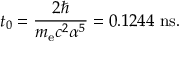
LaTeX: t _ { 0 } = { \frac { 2 \hbar } { m _ { \mathrm { e } } c ^ { 2 } \alpha ^ { 5 } } } = 0 . 1 2 4 4 ~ \mathrm { n s } .